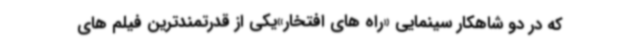
که در دو شاهکار سینمایی «راه های افتخار»یکی از قدرتمندترین فیلم های